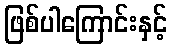
ဖြစ်ပါကြောင်းနှင့်